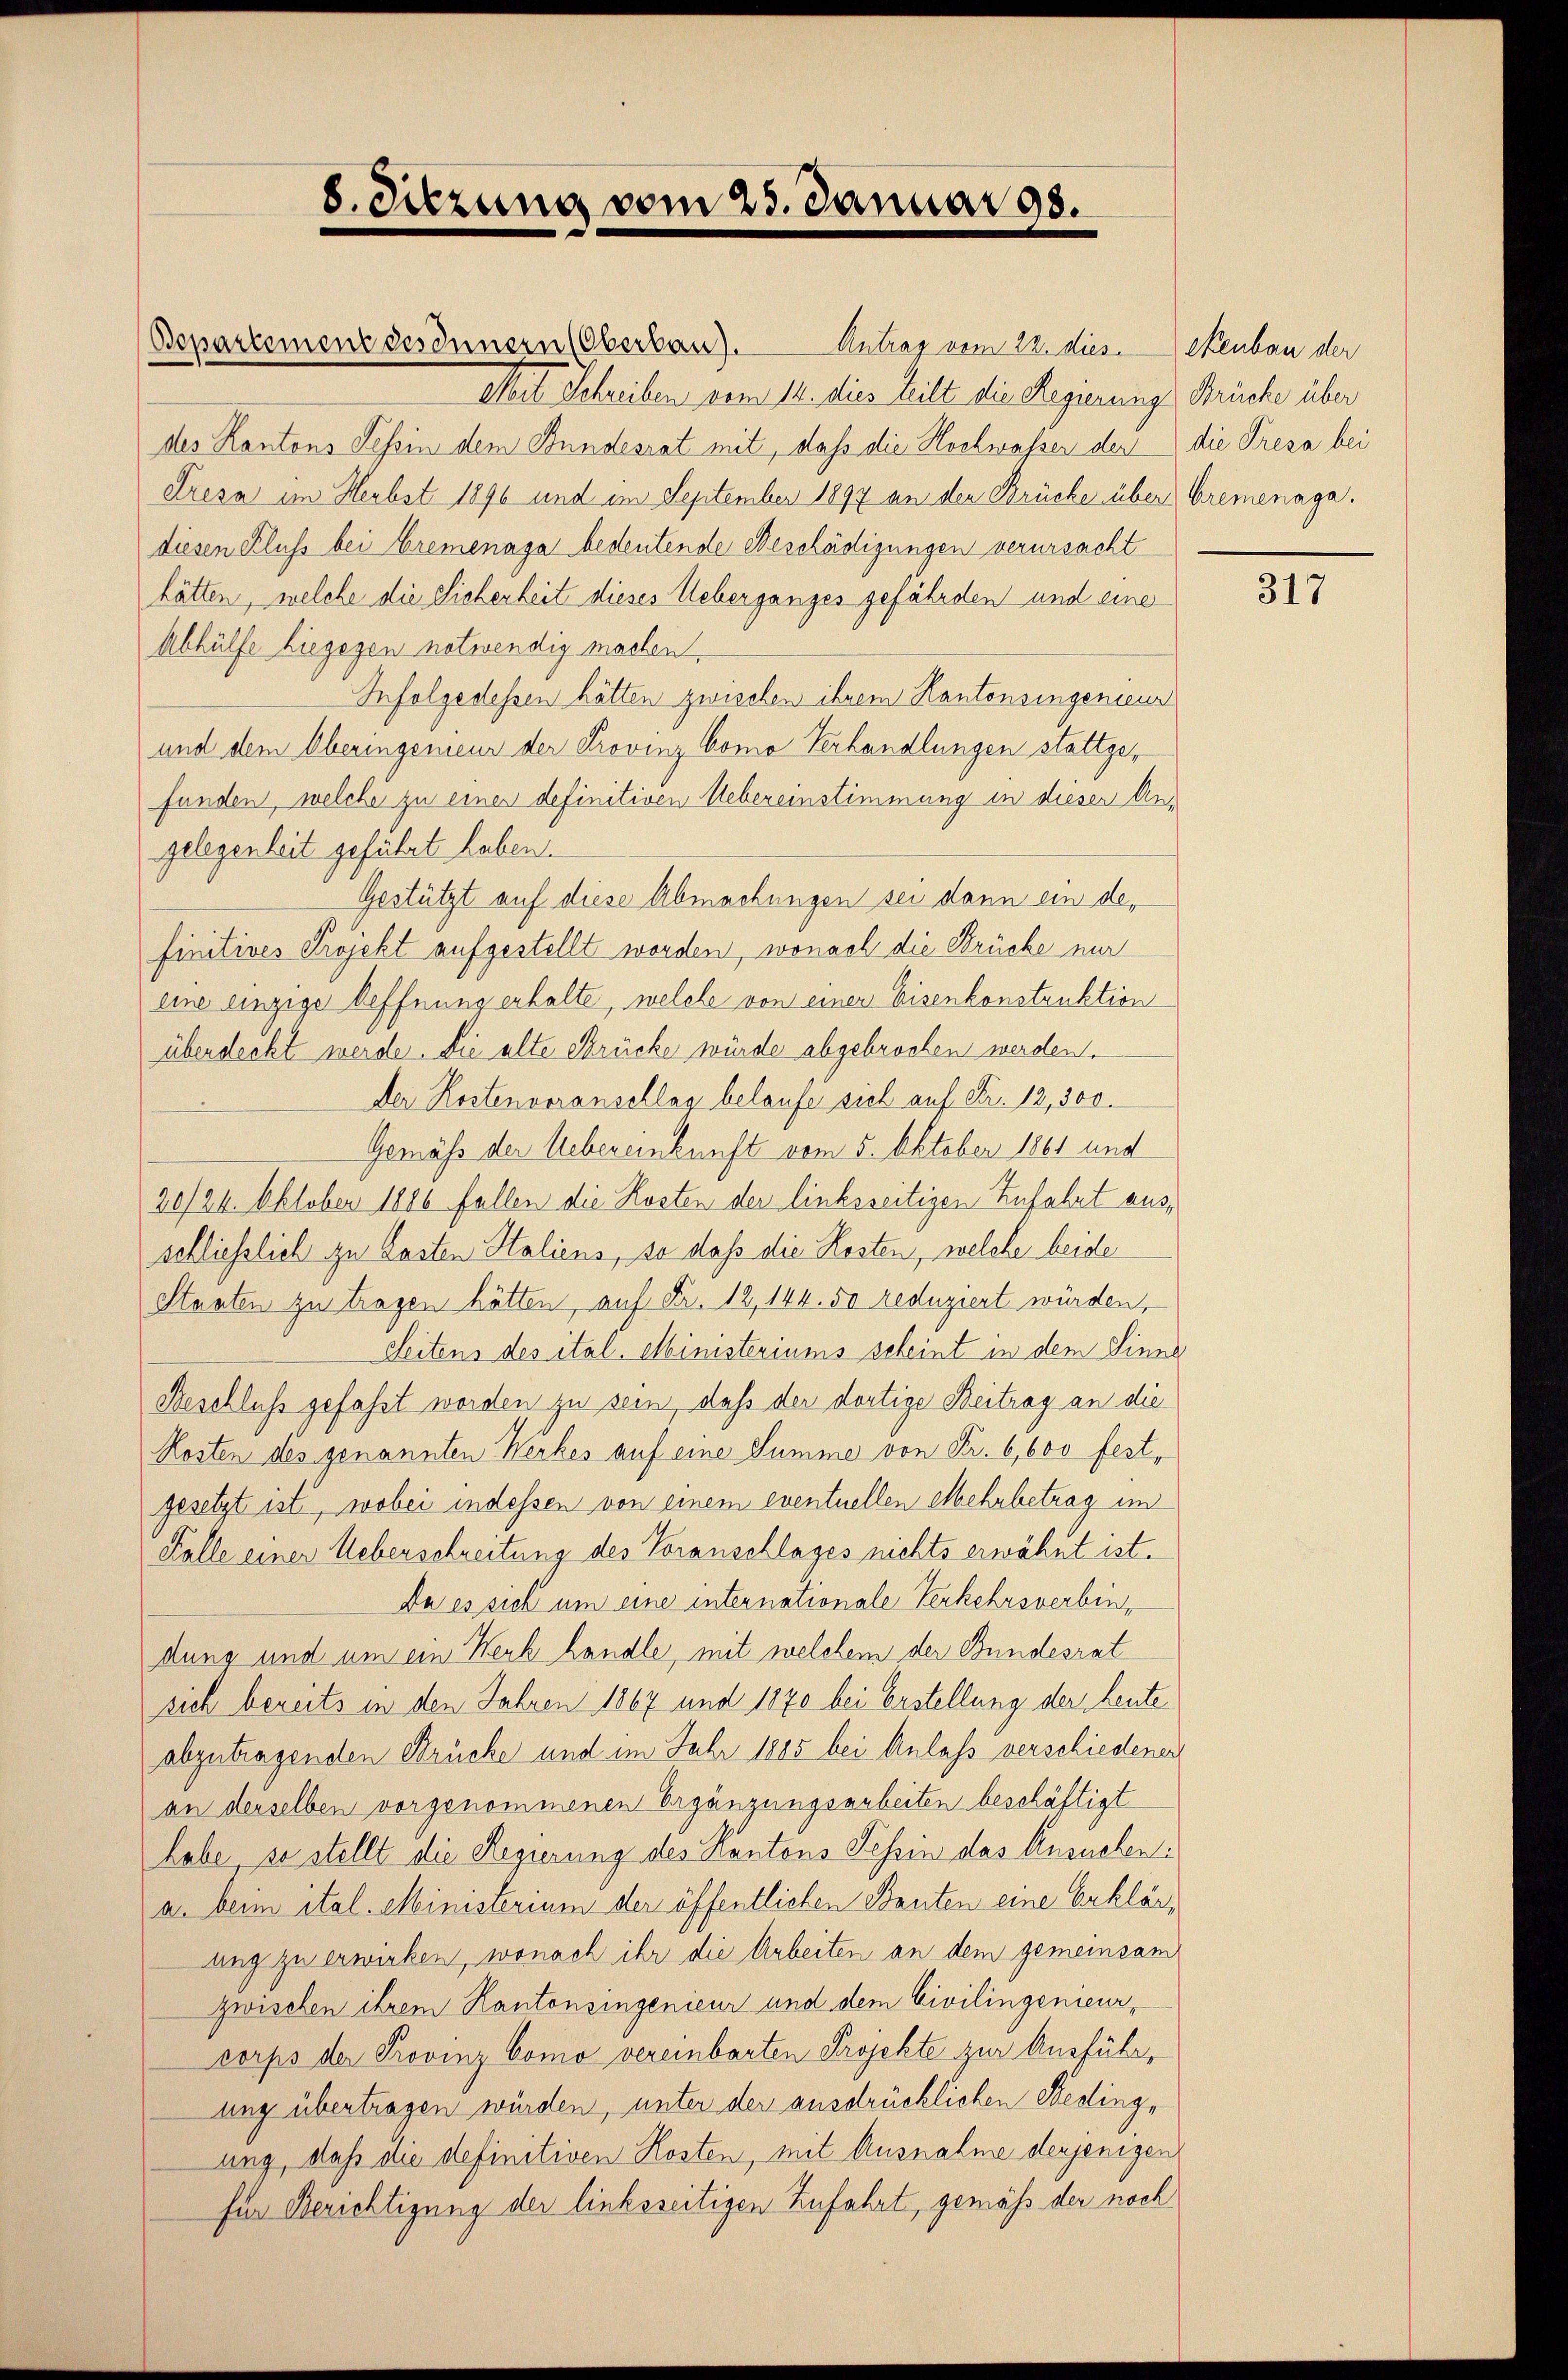
8. Sitzung vom 25. Januar 98.

Bepartement des Innern (Oberban). Antrag vom 22. dies. Neubau der
Mit Schreiben vom 14. dies teilt die Regierung Brücke über
des Kantons Tessin dem Bundesrat mit, daß die Hochwassen der
dresa im Herbst 1896 und im September 1897 an der Brücke über Bremenaga.
diesen Kluss bei Bremenaja bedeutende Beschädigungen verursacht
hätten, welche die Sicherheit dieses Ueberganges gefährden und eine
Abhülfe hiegegen notwendig machen
Infolgedessen hätten zwischen ihrem Kantonsingenieur
und dem Oberingemeur der Provinz Como Verhandlungen stattgefunden, welche zu einer definitiven Uebereinstimmung in dieser Angelegenheit geführt haben.
Gestützt auf diese Abmachungen sei dann ein definitives Projekt aufgestellt worden, wonach die Brücke nur
eine einzige Oeffnung erhalte, welche von einer Eisenkonstruktion
überdeckt werde. Die alte Strücke würde abgebrochen werden.
Der Kostenvoranschlag belaufe sich auf Fr. 12, 300.
Gemäss der Uebereinkunft vom 5. Oktober 1861 und
20/26. Oktober 1886 fallen die Kosten der linksseitigen Zufahrt ausschliesslich zu Lasten Staliens, so daß die Kosten, welche beide
Staaten zu tragen hätten, auf Fr. 12, 144. 50 reduziert würden,
Seitens des ital. Ministeriums scheint in dem Sinne
Beschluss gefaßt worden zu sein, daß der dortige Beitrag an die
Kosten des genannten Werkes auf eine Summe von Fr. 6,600 fest,
gesetzt ist, wobei indessen von einem eventuellen Mehrbetrag im
Falle einer Ueberschreitung des Voranschlages nichts erwähnt ist.
Da es sich um eine internationale Verkehrsverbindung und um ein Neub handle, mit welchem der Bundesrat
sich bereits in den Jahren 1867 und 1870 bei Erstellung der Leuteabzutragenden Brücke und im Jahr 1885 bei Anlass verschiedener
an derselben vorgenommenen Ergänzungsarbeiten beschäftigt
habe se stellt die Regierung des Kantons Tessin das Ansuchen:
a. beim ital. Ministerium der öffentlichen Bauten eine Erklärung zu erwirken, wonach ihr die Arbeiten an dem gemeinsam
zwischen ihrem Kantonsingenieur und dem Civilingenieur-
corps der Provinz Como vereinbarten Projekte zur Ausführung übertragen würden, unter der ausdrücklichen Bedingung, daß die definitiven Kosten, mit Ausnahme derjenigen
für Berichtigung der linksseitigen Zufahrt, gemäß der noch

die Presa bei

317